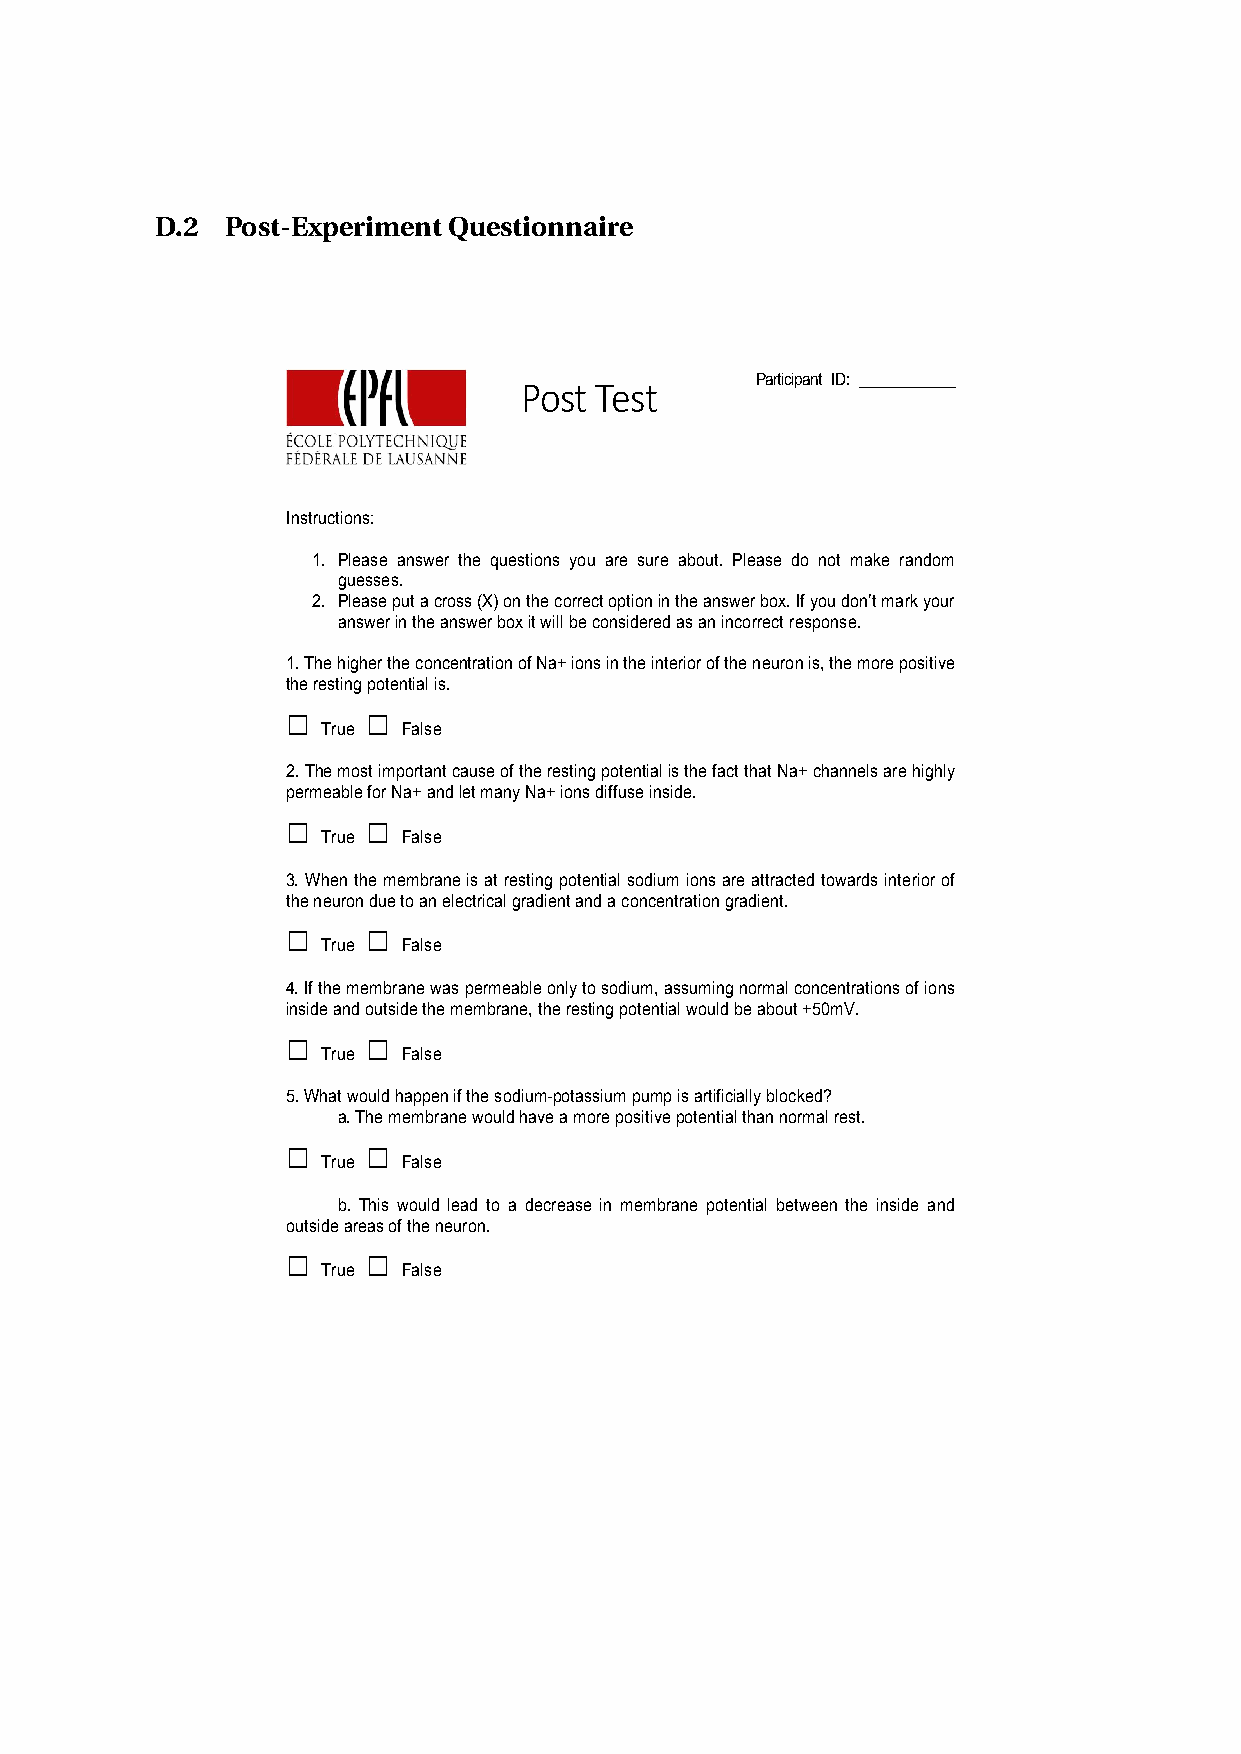
D.2  Post-ExperimentQuestionnaire
 Participant ID: ____________
 ! Post"Test
 !  !   !
 Instructions:
 1. Please answer the questions you are sure about. Please do not make random
 guesses.
 2. Please put a cross (X) on the correct option in the answer box. If you don’t mark your
 answer in the answer box it will be considered as an incorrect response.
 1. The higher the concentration of Na+ ions in the interior of the neuron is, the more positive
 the resting potential is.
 □    □
 True  False
 2. The most important cause of the resting potential is the fact that Na+ channels are highly
 permeable for Na+ and let many Na+ ions diffuse inside.
 □    □
 True  False
 3. When the membrane is at resting potential sodium ions are attracted towards interior of
 the neuron due to an electrical gradient and a concentration gradient.
 □    □
 True  False
 4. If the membrane was permeable only to sodium, assuming normal concentrations of ions
 inside and outside the membrane, the resting potential would be about +50mV.
 □    □
 True  False
 5. What would happen if the sodium-potassium pump is artificially blocked?
 a. The membrane would have a more positive potential than normal rest.
 □    □
 True  False
 b. This would lead to a decrease in membrane potential between the inside and
 outside areas of the neuron.
 □    □
 True  False